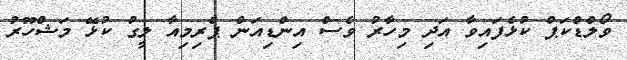
ވޯލްޑްކަޕް ކުޅެފައިވާ އަދި މިހާރު ވެސް އިންޑިއަން ޕްރިމިއާ ލީގު ކުޅޭ މަޝްހޫރު